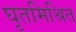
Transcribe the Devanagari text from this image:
घृतमिश्रित